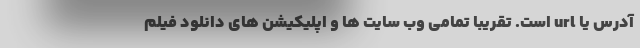
آدرس یا url است. تقریبا تمامی وب سایت ها و اپلیکیشن های دانلود فیلم